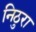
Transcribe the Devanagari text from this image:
निठुरा